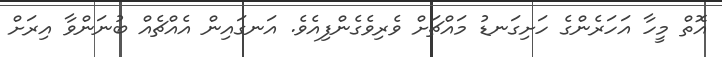
އޮތް މީހާ އަހަރެންގެ ހަށިގަނޑު މައްޗަށް ވެރިވެގެންފިއެވެ. އަނގައިން އެއްޗެއް ބުނަންވާ އިރަށް